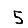
Digit: 5